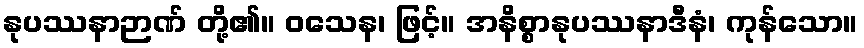
နုပဿနာဉာဏ် တို့၏။ ဝသေန၊ ဖြင့်။ အနိစ္စာနုပဿနာဒီနံ၊ ကုန်သော။